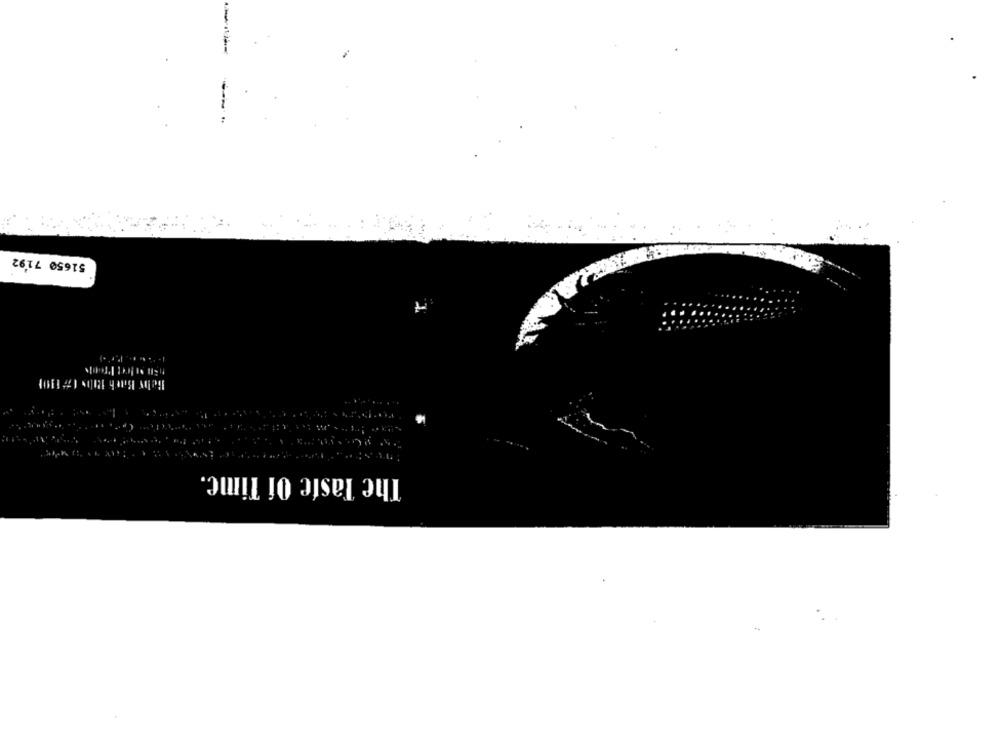
51650 7192
The Taste Of Time.